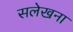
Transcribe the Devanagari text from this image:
सलेखना